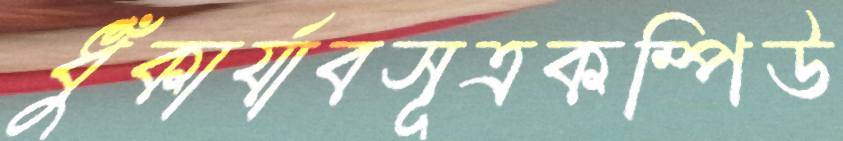
ধুঁকার‍্যাবসূত্রকম্পিউ